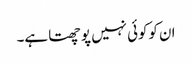
ان کوکوئی نہیں پوچھتا ہے۔